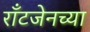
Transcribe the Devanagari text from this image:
राँटजेनच्या